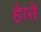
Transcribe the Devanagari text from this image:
हा॓ते